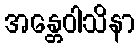
အန္တေဝါသိနာ